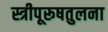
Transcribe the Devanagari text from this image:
स्त्रीपूरूषतुलना